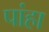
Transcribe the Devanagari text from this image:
पांहा